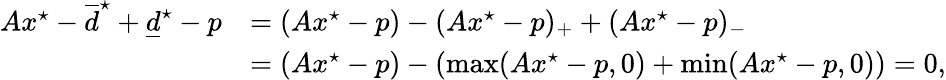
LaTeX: \begin{array}{rl}{Ax^{\star}-\overline{d}^{\star}+\underline{d}^{\star}-p}&{=(Ax^{\star}-p)-(Ax^{\star}-p)_{+}+(Ax^{\star}-p)_{-}}\\ &{=(Ax^{\star}-p)-(\operatorname*{max}(Ax^{\star}-p,0)+\operatorname*{min}(Ax^{\star}-p,0))=0,}\end{array}